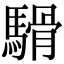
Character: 䮩